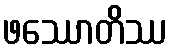
ဖဿောတိဿ